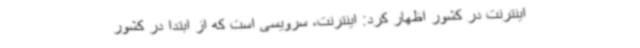
اینترنت در کشور اظهار کرد: اینترنت، سرویسی‌ است که از ابتدا در کشور